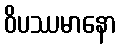
ဝိပဿမာနော